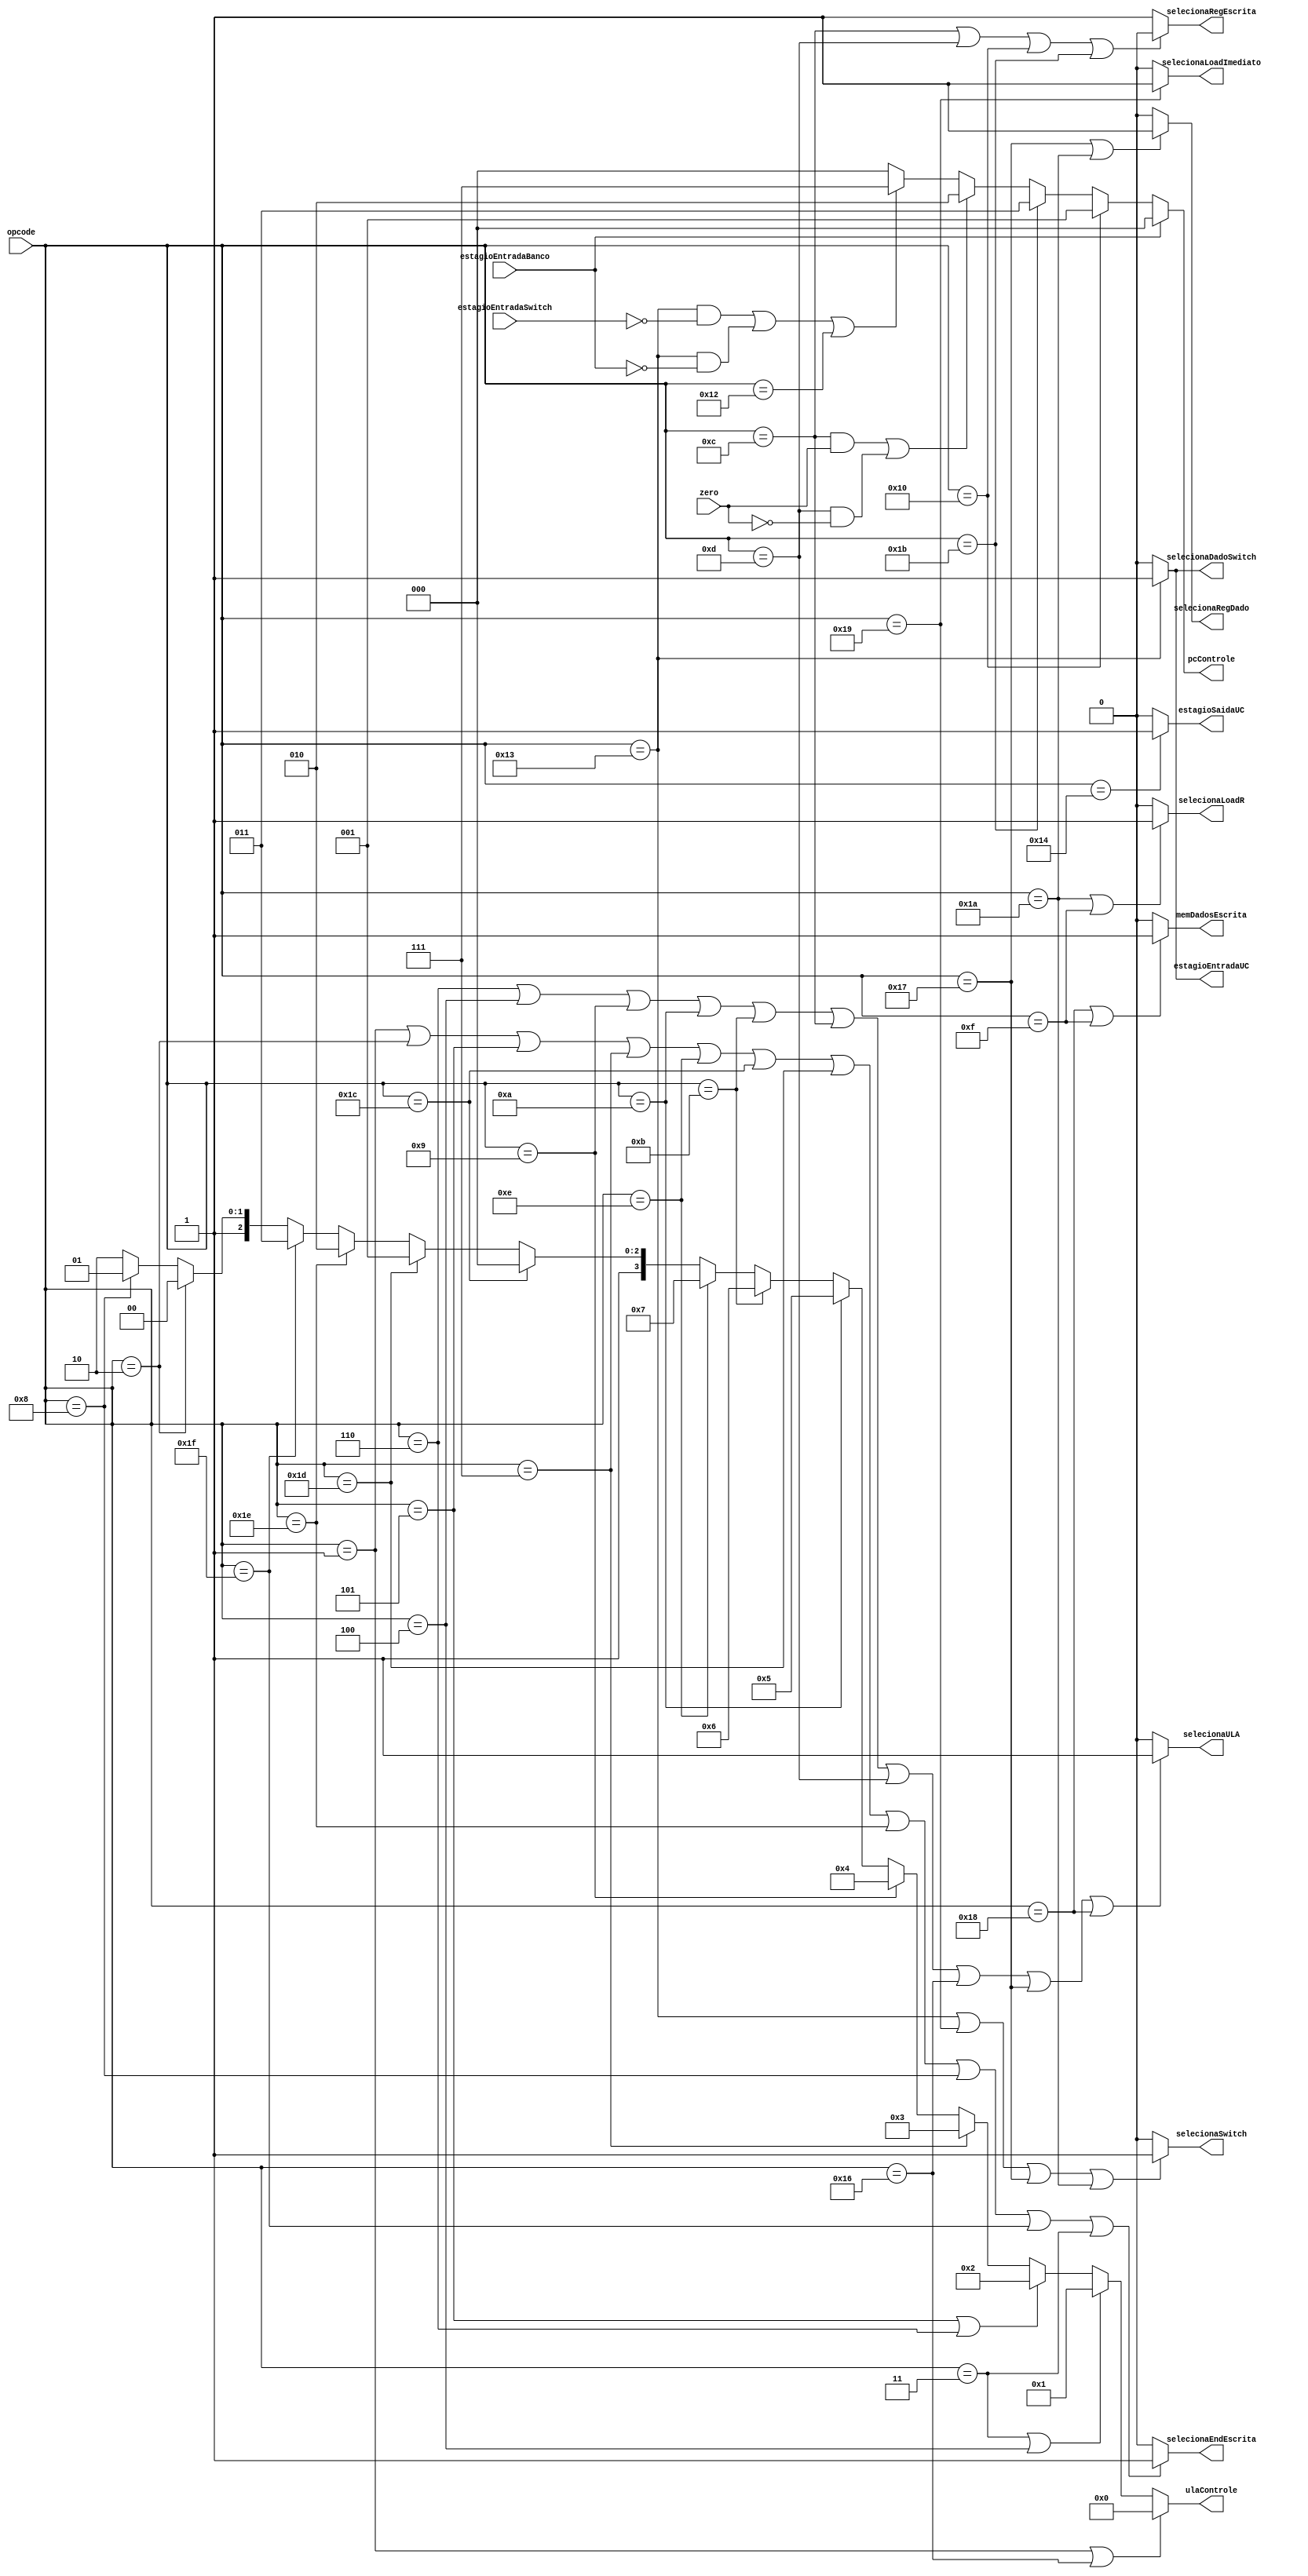
module unidadeDeControle(opcode,
								 zero,
								 selecionaRegEscrita,
								 memDadosEscrita,
								 selecionaULA,
								 selecionaRegDado,
								 selecionaEndEscrita,
								 ulaControle,
								 pcControle,
								 selecionaSwitch,
								 estagioEntradaUC,
								 estagioEntradaSwitch,
								 estagioEntradaBanco,
								 estagioSaidaUC,
								 selecionaLoadImediato,
								 selecionaDadoSwitch,
								 selecionaLoadR);
	
//Entradas
	input [4:0] opcode;
	input 		 zero;
	input estagioEntradaSwitch;
	input estagioEntradaBanco;
	
//Saidas
	output reg 		  selecionaRegEscrita;
	output reg 		  memDadosEscrita;
	output reg 		  selecionaULA;
	output reg 		  selecionaRegDado;
	output reg 		  selecionaEndEscrita;
	output reg [3:0] ulaControle;
	output reg [2:0] pcControle;
	output reg 	 	  selecionaSwitch;
	output reg 		  estagioEntradaUC;
	output reg 		  estagioSaidaUC;
	output reg 		  selecionaLoadImediato;
	output reg 		  selecionaDadoSwitch;
	output reg 		  selecionaLoadR;
	
	always @ (opcode)
		begin
			//Determinar o memDadosEscrita
			if (opcode == 5'd24 || opcode == 5'd15) begin //sw e swr
				memDadosEscrita <= 1'b1;
			end else begin
				memDadosEscrita <= 1'b0;
			end
			
			//Determinar o selecionaRegEscrita (nao escreve no banco)
			if (opcode == 5'd12 || opcode == 5'd13 || opcode == 5'd16 || opcode == 5'd27) begin //beq, bne,j
				selecionaRegEscrita <= 1'b0;
			end else begin
				selecionaRegEscrita <= 1'b1;
			end
			
			//Determinar o selecionaRegDado (seleciona o dado da memoria:
			if (opcode == 5'd23 || opcode == 5'd26) begin
				selecionaRegDado <= 1'b1;
			end else begin
				selecionaRegDado <= 1'b0;
			end
			
			//Determinar o selecionaEndEscrita
			if (opcode == 5'd1  || opcode == 5'd2  ||
				 opcode == 5'd5  || opcode == 5'd7  ||
				 opcode == 5'd14 || opcode == 5'd28 ||
				 opcode == 5'd29 || opcode == 5'd30 ||
				 opcode == 5'd8  || opcode == 5'd31 ||
				 opcode == 5'd3) begin
				selecionaEndEscrita <= 1'b1;
			end else begin
				selecionaEndEscrita <= 1'b0;
			end
			
			//Determinar o selecionaULA
			if (opcode == 5'd6  || opcode == 5'd4  ||
				 opcode == 5'd9  || opcode == 5'd10 ||
				 opcode == 5'd11 || opcode == 5'd12 ||
				 opcode == 5'd13 || opcode == 5'd22 ||
				 opcode == 5'd23 || opcode == 5'd24) begin
				selecionaULA <= 1'b1; //Escolhe o imediato extendido para fazer a operacao na ULA
			end else begin
				selecionaULA <= 1'b0;
			end
			
			//Determinar ulaControle
			if (opcode == 5'd1 || opcode == 5'd22) begin //add e addi
				ulaControle <= 4'd0;
			end else if (opcode == 5'd3 || opcode == 5'd4) begin //sub e subi
				ulaControle <= 4'd1;
			end else if (opcode == 5'd5 || opcode == 5'd6) begin //and e andi
				ulaControle <= 4'd2;
			end else if (opcode == 5'd7) begin //or e ori
				ulaControle <= 4'd3;
			end else if (opcode == 5'd9) begin //not
				ulaControle <= 4'd4;
			end else if (opcode == 5'd10) begin //sr
				ulaControle <= 4'd5;
			end else if (opcode == 5'd11) begin //sl
				ulaControle <= 4'd6;
			end else if (opcode == 5'd14) begin //slt e slti
				ulaControle <= 4'd7;
			end else if (opcode == 5'd28) begin
				ulaControle <= 4'd8;
			end else if (opcode == 5'd29) begin
				ulaControle <= 4'd9;
			end else if (opcode == 5'd30) begin
				ulaControle <= 4'd10;
			end else if (opcode == 5'd31) begin
				ulaControle <= 4'd11;
			end else if (opcode == 5'd2) begin
				ulaControle <= 4'd12;
			end else if (opcode == 5'd8) begin
				ulaControle <= 4'd13;
			end else begin
				ulaControle <= 4'd14;
			end
			
			//Determinar pcControle
			if (opcode == 5'd16) begin //j
				pcControle <= 3'b001;
			end else if (opcode == 5'd27) begin //jr
				pcControle <= 3'b011;
			end else if ((opcode == 5'd12 && zero == 1) || (opcode == 5'd13 && zero == 0)) begin //beq e bne
				pcControle <= 3'b010;
			end else if (opcode == 5'd19 && !estagioEntradaSwitch || opcode == 5'd19 && !estagioEntradaBanco || opcode == 5'd18) begin
				pcControle <= 3'b111;
			end else begin
				pcControle <= 3'b000;
			end
		
			if (estagioEntradaBanco == 1'b1) begin
				pcControle <= 3'b000;
			end
			
			//Determinar selecionaSwitch
			if (opcode == 5'd19) begin
				estagioEntradaUC <= 1'b1;
			end else begin
				estagioEntradaUC <= 1'b0;
			end
			
			if (opcode == 5'd19 || opcode == 5'd25 || opcode == 5'd23 || opcode == 5'd26) begin
				selecionaSwitch <= 1'b1;
			end else begin
				selecionaSwitch <= 1'b0;
			end
			
			if (opcode == 5'd19) begin
				selecionaDadoSwitch <= 1'b1;
			end else begin
				selecionaDadoSwitch <= 1'b0;
			end
			
			//Determina selecionaLoadImediato
			if (opcode == 5'd25) begin
				selecionaLoadImediato <= 1'b1;
			end else begin
				selecionaLoadImediato <= 1'b0;
			end
			
			//Determina selecionaLoadR
			if (opcode == 5'd26 || opcode == 5'd15) begin
				selecionaLoadR <= 1'b1;
			end else begin
				selecionaLoadR <= 1'b0;
			end
						
			//Determinar saida de dados
			if (opcode == 5'd20) begin
				estagioSaidaUC <= 1'b1;
			end else begin
				estagioSaidaUC <= 1'b0;
			end
		
		end
endmodule